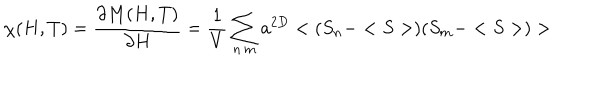
LaTeX: \chi ( H , T ) = \frac { \partial M ( H , T ) } { \partial H } = \frac { 1 } { V } \sum _ { n \, m } a ^ { 2 D } < ( S _ { n } - < S > ) ( S _ { m } - < S > ) >